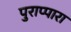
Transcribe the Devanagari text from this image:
पुराप्पारा